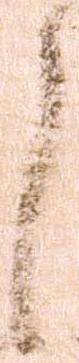
之